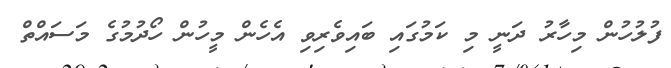
ފުލުހުން މިހާރު ދަނީ މި ކަމުގައި ބައިވެރިވި އެހެން މީހުން ހޯދުމުގެ މަސައްތް